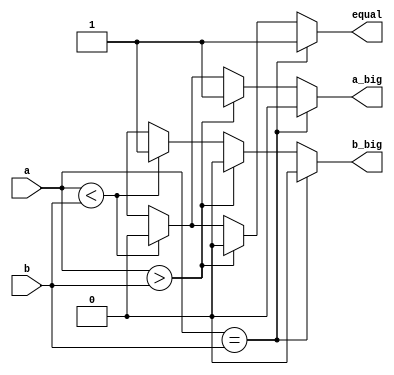
`timescale 1ns / 1ps

module comparator4bit(      
    input [3:0] a, b,  // 4bit a, b input .
    output reg a_big, b_big, equal  // a_big b_big, equal output .
    );

    
    always @ (*)    //     *   always  .
    begin
        if (a == b) begin                       // a b    .
        a_big = 0;                      
        b_big = 0;
        equal = 1;                              //   equal 1   output 0 .
        end
        
        else if (a > b)  begin                  // a b  .
        a_big = 1;  
        b_big = 0;  
        equal = 0;                              // a   a_big 1   output 0 .
        end
        
        else if (a < b)  begin                  // a b  .
        a_big = 0;
        b_big = 1;
        equal = 0;                              //b   b_big 1   output 0 
        end
  
        else begin                              //      .
        a_big <= 1'bx;  b_big <= 1'bx;  equal <= 1'bx;      // output x .
        end
    end
    
endmodule